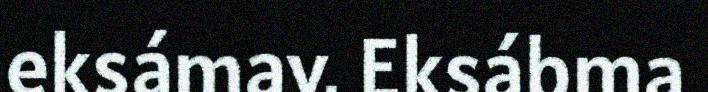
eksámav. Eksábma